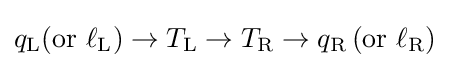
q_{\text{L}}(\mathrm {or} \,\,\ell _{\text{L}})\rightarrow T_{\text{L}}\rightarrow T_{\text{R}}\rightarrow q_{\text{R}}\,(\mathrm {or} \,\,\ell _{\text{R}})